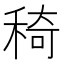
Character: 𥟏